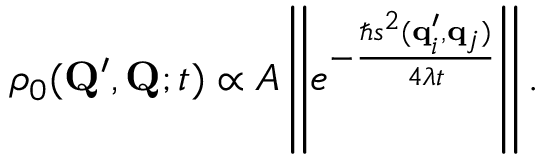
\begin{array} { r } { \rho _ { 0 } ( \mathbf { Q } ^ { \prime } , \mathbf { Q } ; t ) \propto { \cal A } \left| \left| e ^ { - \frac { \hbar s ^ { 2 } ( \mathbf { q } _ { i } ^ { \prime } , \mathbf { q } _ { j } ) } { 4 \lambda t } } \right| \right| . } \end{array}